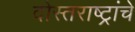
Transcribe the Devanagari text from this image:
दोस्तराष्ट्रांचे